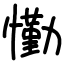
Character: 懄